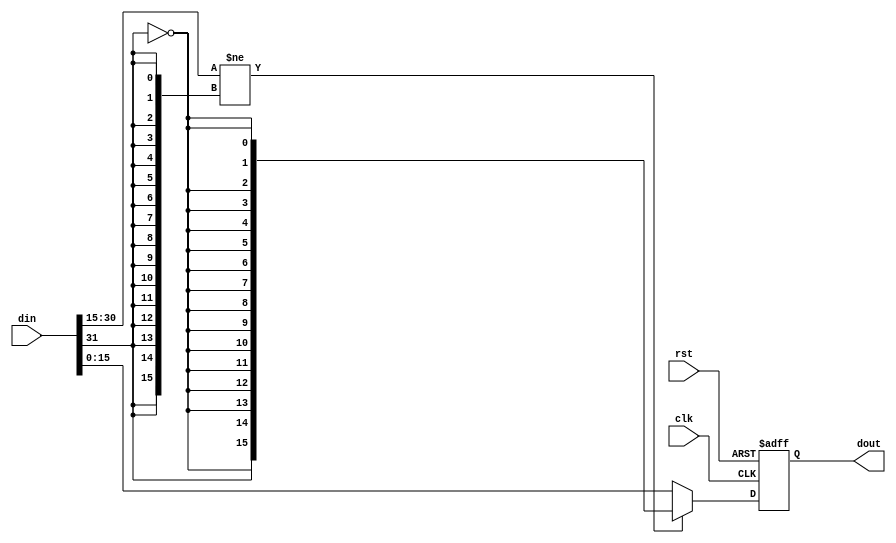
module real_sat #
 (     
   parameter   IN_WIDTH                        =  32 ,
   parameter   SAT_WIDTH                       =  16 
) (
   input                                        clk,
   input                                        rst,
   input      [ IN_WIDTH-1 :0]                  din,
   
   output reg [ IN_WIDTH-SAT_WIDTH-1:0]         dout
  );
  
  
//******************* signal define*********************//

//*********************function*************************//   

//always@(posedge clk or posedge rst)
//begin
//   if(rst == 1)
//      dout  <= {{IN_WIDTH-SAT_WIDTH}{1'b0}};
//   else if( (din[IN_WIDTH - 1 :IN_WIDTH - SAT_WIDTH - 1] == {{SAT_WIDTH}{1'b0}}) || (din[IN_WIDTH - 1 :IN_WIDTH - SAT_WIDTH - 1] == {{SAT_WIDTH}{1'b1}}))
//      dout  <= din[IN_WIDTH-SAT_WIDTH-1:0];
//   else
//      dout  <= {din[IN_WIDTH-1],{{IN_WIDTH-SAT_WIDTH-2}{~din[IN_WIDTH-1]}}};
//end

always@(posedge clk or posedge rst)
begin
   if(rst == 1)
      dout  <= {{IN_WIDTH-SAT_WIDTH}{1'b0}};
   else if( din[IN_WIDTH - 2:IN_WIDTH-SAT_WIDTH - 1] != {{SAT_WIDTH} {din[IN_WIDTH - 1]}})
      dout  <= {din[IN_WIDTH-1],{{IN_WIDTH-SAT_WIDTH-1}{~din[IN_WIDTH-1]}}};     
   else
     dout  <= din[IN_WIDTH-SAT_WIDTH-1:0];
      
end
  
  
  
endmodule